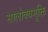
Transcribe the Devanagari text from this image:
सालोक्यमुक्ति